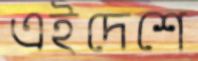
এইদেশে